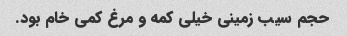
حجم سیب زمینى خیلى کمه و مرغ کمى خام بود.